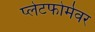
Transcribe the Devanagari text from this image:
प्लेटफोर्मवर